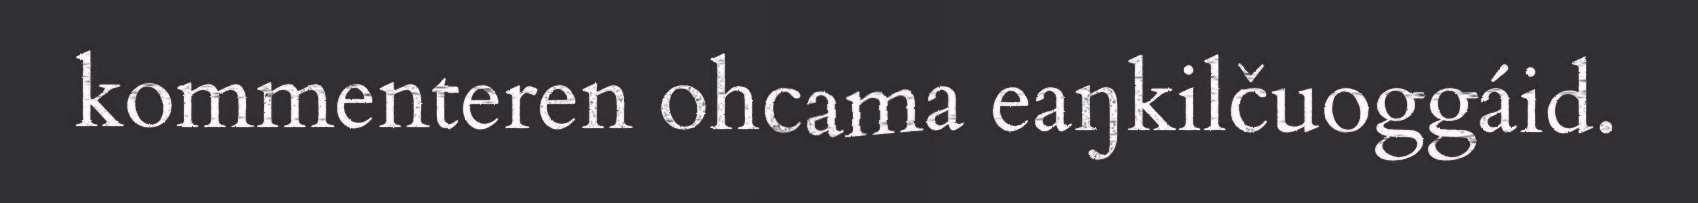
kommenteren ohcama eaŋkilčuoggáid.